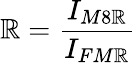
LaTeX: \mathbb{R}=\frac{{I_{M8\mathbb{R}}}}{{I_{FM\mathbb{R}}}}